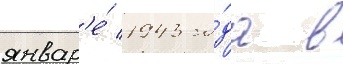
январ'е́ 1943 го́да в